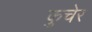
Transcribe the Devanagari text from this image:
कुचेर